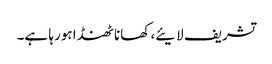
تشریف لایئے، کھانا ٹھنڈا ہورہا ہے۔